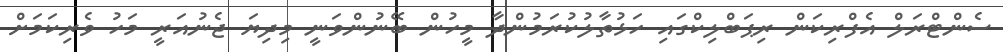
ސެންޓްރަލް އެފްރިކަން ރިޕަބްލިކްގައި ހަޅުތާލުކުރަމުންދާ މީހުން ބޭނުންވަނީ މިދިޔަ ޖެނުއަރީ މަހު ވެރިކަމަށް